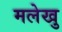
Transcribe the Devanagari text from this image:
मलेखु